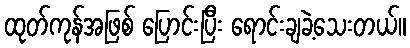
ထုတ်ကုန်အဖြစ် ပြောင်းပြီး ရောင်းချခဲ့သေးတယ်။